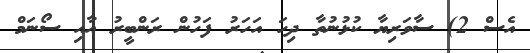
އެސް 2) ސާވަރިޔާ ކުޅުނުތާ ދިހަ އަހަރު ފަހުން ރަންބީރު އާއި ސޯނަމް